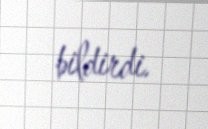
bildirdi.